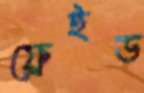
ফ্রেইড